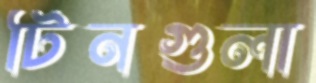
টিনগুলা